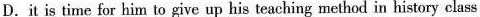
D.it is time for him to give up his teaching method in history class